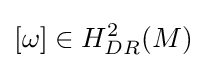
[\omega ]\in H_{DR}^{2}(M)